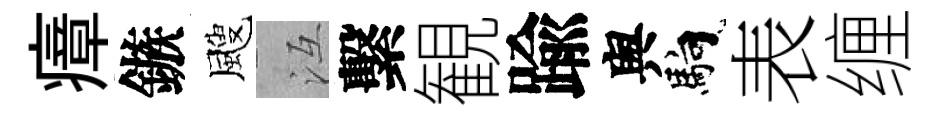
瘴鏃颼冱繫観踰舆馿表缠